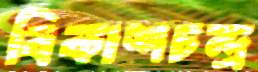
বিকাশচন্দ্র